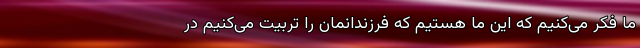
ما فکر می‌کنیم که این ما هستیم که فرزندانمان را تربیت می‌کنیم در